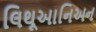
લિથૂઆનિઅન